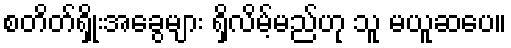
စတိတ်ရှိုးအခွေများ ရှိလိမ့်မည်ဟု သူ မယူဆပေ။